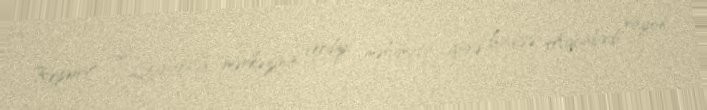
Report" un Qarabağ mərkəzinin verdiyi məlumata görə hadisə, Agcabədi rayon